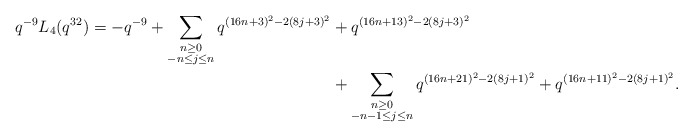
\begin{align*} \begin{aligned}q^{-9} L_{4}(q^{32}) = -q^{-9} + \sum_{\substack{n \geq 0 \\ -n \leq j \leq n}} q^{(16n+3)^2 - 2(8j+3)^2} & + q^{(16n+13)^2 - 2(8j+3)^2} \\& + \sum_{\substack{n \geq 0 \\ -n-1 \leq j \leq n}} q^{(16n+21)^2 - 2(8j+1)^2} + q^{(16n+11)^2 - 2(8j+1)^2}.\end{aligned}\end{align*}